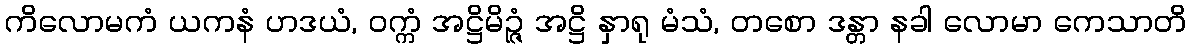
ကိလောမကံ ယကနံ ဟဒယံ, ဝက္ကံ အဋ္ဌိမိဉ္ဇံ အဋ္ဌိ နှာရု မံသံ, တစော ဒန္တာ နခါ လောမာ ကေသာတိ